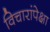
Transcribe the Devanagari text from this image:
विचारांपेक्षा